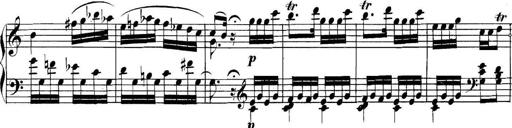
Title: Collected Piano Sonatas
Composer: Muzio Clementi